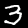
Digit: 3